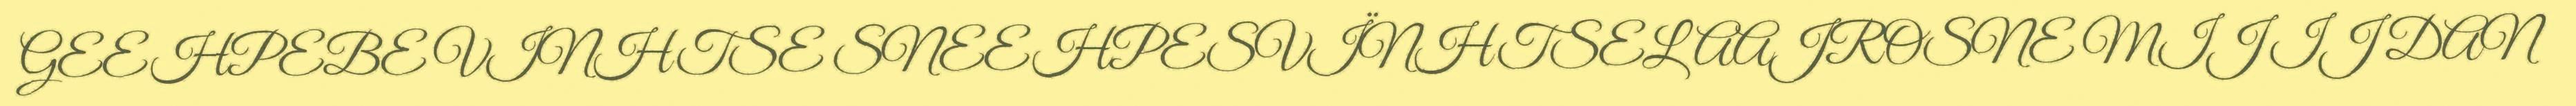
GEEHPEBE VINHTSE SNEEHPESVÏNHTSELAAJROSNE MIJ IJ DAN